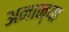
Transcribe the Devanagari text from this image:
अनान्या